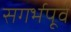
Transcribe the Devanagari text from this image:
सगर्भपूर्व